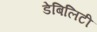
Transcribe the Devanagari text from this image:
डेबिलिटी